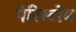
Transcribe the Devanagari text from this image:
पेरिस्टोम